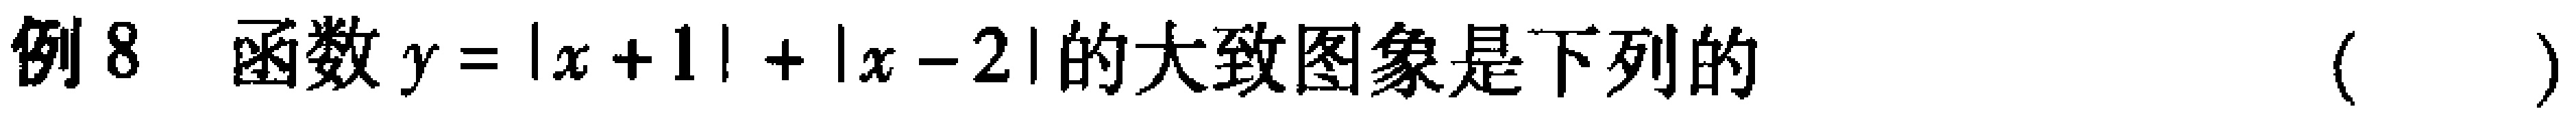
例8 函数$y = |x + 1| + |x - 2|$的大致图象是下列的（  ）